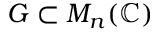
G \subset M _ { n } ( \mathbb { C } )